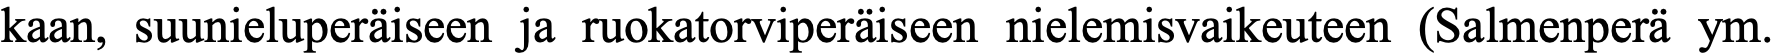
kaan, suunieluperäiseen ja ruokatorviperäiseen nielemisvaikeuteen (Salmenperä ym.